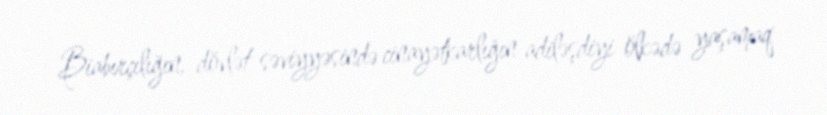
Biabırçılığın, dövlət səviyyəsində cinayətkarlığın adiləşdiyi ölkədə yaşamaq